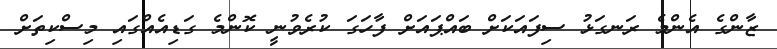
ޒާންގެ އެންމެ ރަނގަޅު ސިފައަކަށް ބައްޕައަށް ފާހަގަ ކުރެވުނީ ކޮންމެ ގަޑިއެއްގައި މިސްކިތަށް